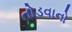
તોડવાનો